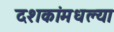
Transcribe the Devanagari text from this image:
दशकांमधल्या